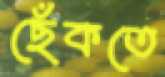
ছেঁকতে